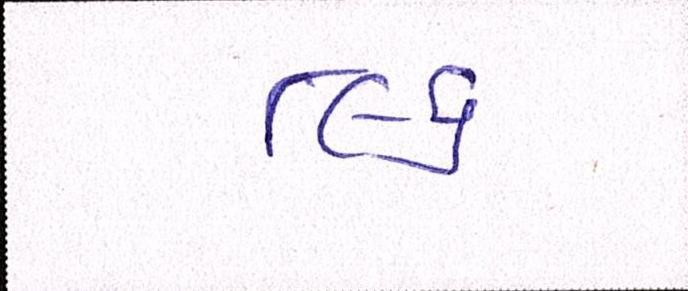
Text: ૮૯૬